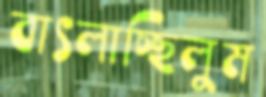
বাৎলাচ্ছিলুম